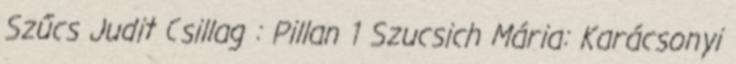
Szűcs Judit Csillag : Pillan 1 Szucsich Mária: Karácsonyi